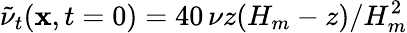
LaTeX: \tilde{\nu}_{t}({\mathbf{x}},t=0)=40\, \nu z(H_{m}-z)/H_{m}^{2}